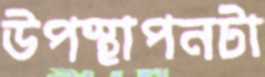
উপস্থাপনটা